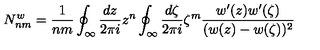
N _ { n m } ^ { w } = \frac 1 { n m } \oint _ { \infty } \frac { d z } { 2 \pi i } z ^ { n } \oint _ { \infty } \frac { d \zeta } { 2 \pi i } \zeta ^ { m } \frac { w ^ { \prime } ( z ) w ^ { \prime } ( \zeta ) } { ( w ( z ) - w ( \zeta ) ) ^ { 2 } }